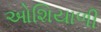
ઓશિયાળી